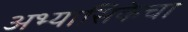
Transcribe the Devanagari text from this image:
अभ्यासिकेचा